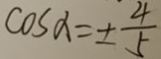
\cos \alpha = \pm \frac { 4 } { 5 }